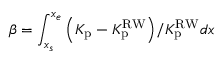
\beta = \int _ { x _ { s } } ^ { x _ { e } } { \left( K _ { \mathrm { p } } - K _ { \mathrm { p } } ^ { \mathrm { R W } } \right) } / { K _ { \mathrm { p } } ^ { \mathrm { R W } } } d x